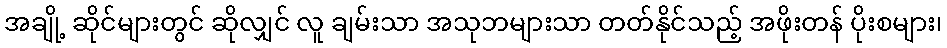
အချို့ ဆိုင်များတွင် ဆိုလျှင် လူ ချမ်းသာ အသုဘများသာ တတ်နိုင်သည့် အဖိုးတန် ပိုးစများ၊